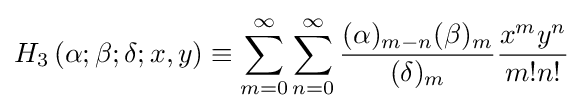
H_{3}\left(\alpha ;\beta ;\delta ;x,y\right)\equiv \sum _{m=0}^{\infty }\sum _{n=0}^{\infty }{\frac {(\alpha )_{m-n}(\beta )_{m}}{(\delta )_{m}}}{\frac {x^{m}y^{n}}{m!n!}}